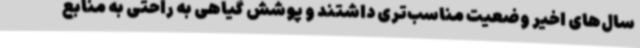
سال‌های اخیر وضعیت مناسب‌تری داشتند و پوشش گیاهی به راحتی به منابع